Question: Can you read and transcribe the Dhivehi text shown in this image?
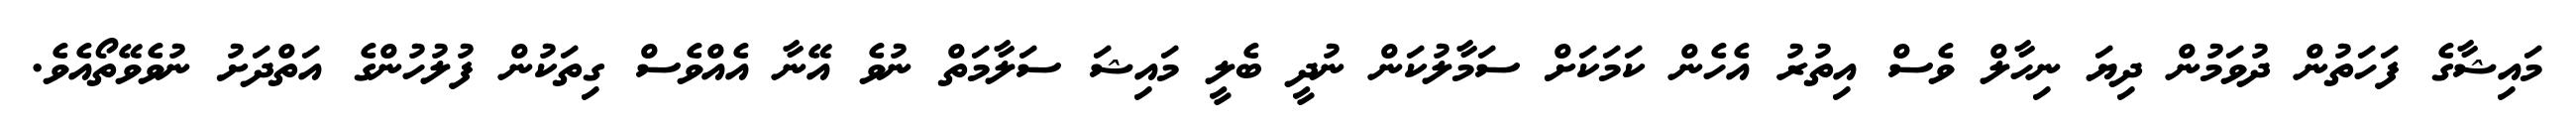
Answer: މައިޝާގެ ފަހަތުން ދުވަމުން ދިޔަ ނިހާލް ވެސް އިތުރު އެހެން ކަމަކަށް ސަމާލުކަން ނުދީ ބެލީ މައިޝަ ސަލާމަތް ނުވެ އޭނާ އެއްވެސް ގިތަކުން ފުލުހުންގެ އަތްދަށު ނުވެވޭތޯއެވެ.